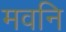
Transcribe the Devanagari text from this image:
मवनि